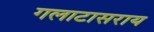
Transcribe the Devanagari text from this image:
गलाटासराय